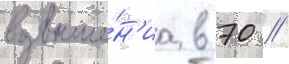
возвыше́н'иа в 70 //